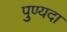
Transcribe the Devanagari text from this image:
पुण्यदा